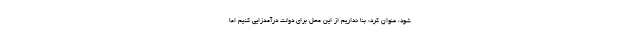
شود، عنوان‌ کرد: بنا نداریم از این محل برای دولت درآمدزایی کنیم اما